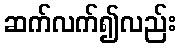
ဆက်လက်၍လည်း